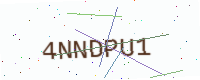
Text: 4NNDPU1